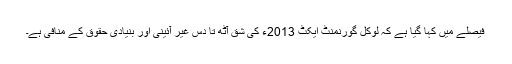
فیصلے میں کہا گیا ہے کہ لوکل گورنمنٹ ایکٹ 2013ء کی شق آٹھ تا دس غیر آئینی اور بنیادی حقوق کے منافی ہے۔